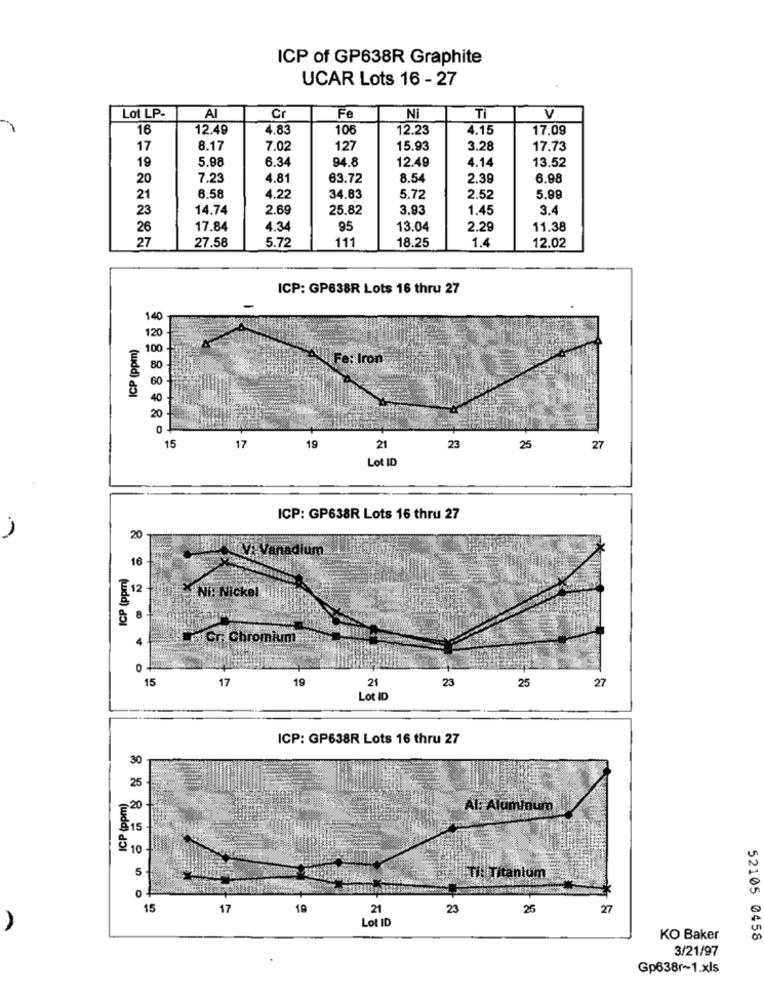
ICP of GP638R Graphite
UCAR Lots 16 - 27
Lot LP-
AI
Cr
Fe
NI
TI
V
16
12.49
4.83
106
12.23
4.15
17.09
17
8.17
7.02
127
15.93
3.28
17.73
19
5.98
6.34
94.8
12.49
4.14
13.52
20
7.23
4.81
63.72
8.54
2.39
6.98
21
6.58
4.22
34.83
5.72
2.52
5.99
23
14.74
2.69
25.82
3.93
1.45
3.4
26
17.84
4.34
95
13.04
2.29
11.38
27
5.72
111
18.25
1.4
12.02
27.58
ICP: GP638R Lots 16 thru 27
140
ICP (ppm)
120
100
Fe: Iron
80
60
20
0
15
23
17
19
21
25
27
Lot ID
ICP: GP638R Lots 16 thru 27
20
V. Vanadium
16
ICP (ppm)
12
NI: Nickel
8
Gr. Chromium
0
15
17
19
23
25
27
21
Lot ID
ICP: GP638R Lots 16 thru 27
30
ICP (ppm)
25
Al: Aluminum
:15
10
5
Ti: Titanium
15
17
19
21
23
26
27
Lot ID
KO Baker
52105 0458
3/21/97
Gp638r~1.xls